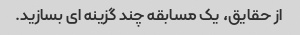
از حقایق، یک مسابقه چند گزینه ای بسازید.